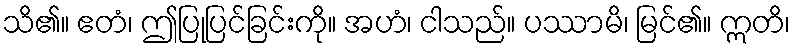
သိ၏။ ဧတံ၊ ဤပြုပြင်ခြင်းကို။ အဟံ၊ ငါသည်။ ပဿာမိ၊ မြင်၏။ ဣတိ၊